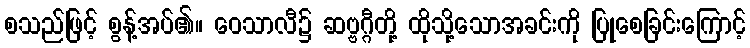
စသည်ဖြင့် စွန့်အပ်၏။ ဝေသာလီ၌ ဆဗ္ဗဂ္ဂီတို့ ထိုသို့သောအခင်းကို ပြုစေခြင်းကြောင့်